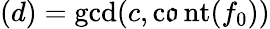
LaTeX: (d)=\gcd(c,\operatorname{c\mathfrak{o}nt}(f_{0}))